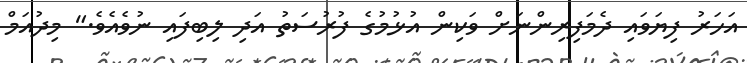
އަހަރު ފިޔަވައި ދެމަފިރިންނަށް ވަކިން އުޅުމުގެ ފުރުސަތު އަދި ލިބިފައި ނުވެއެވެ." މިދުއަމް